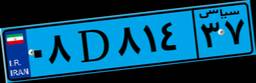
۰۸D۸۱۴۳۷